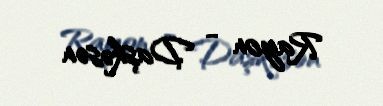
Rayon - Daşkəsən